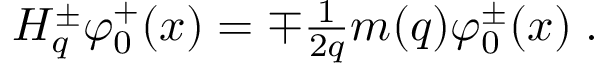
\begin{array} { l } { { H _ { q } ^ { \pm } \varphi _ { 0 } ^ { + } ( x ) = \mp \frac 1 { 2 q } m ( q ) \varphi _ { 0 } ^ { \pm } ( x ) \; . } } \end{array}